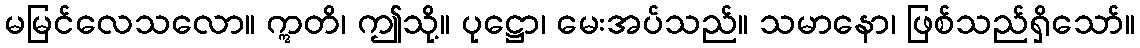
မမြင်လေသလော။ ဣတိ၊ ဤသို့။ ပုဋ္ဌော၊ မေးအပ်သည်။ သမာနော၊ ဖြစ်သည်ရှိသော်။